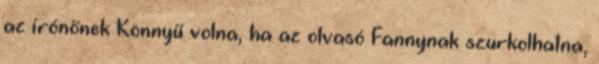
az írónőnek Könnyű volna, ha az olvasó Fannynak szurkolhatna,